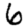
Digit: 6